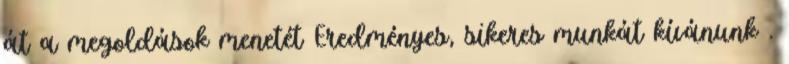
át a megoldások menetét Eredményes, sikeres munkát kívánunk .